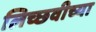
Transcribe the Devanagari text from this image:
लिच्छवीच्या